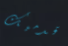
قدميك